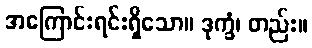
အကြောင်းရင်းရှိသော။ ဒုက္ခံ၊ တည်း။